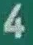
4